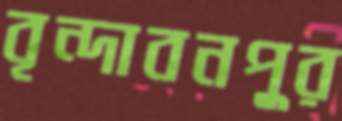
বৃন্দাবনপুর